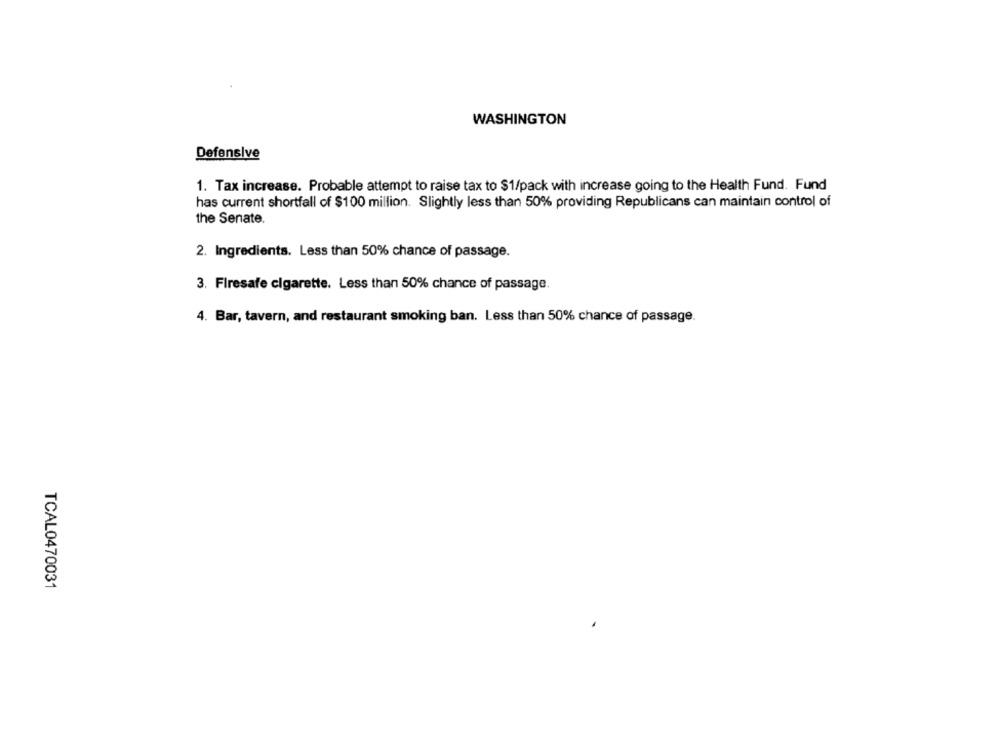
WASHINGTON
Defensive
1. Tax increase. Probable attempt to raise tax to $1/pack with increase going to the Health Fund. Fund
has current shortfall of $100 million. Slightly less than 50% providing Republicans can maintain control of
the Senate.
2. Ingredients. Less than 50% chance of passage.
3. Firesafe cigarette. Less than 50% chance of passage.
4. Bar, tavern, and restaurant smoking ban. Less than 50% chance of passage.
TCAL0470031